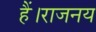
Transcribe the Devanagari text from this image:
हैं।राजनय